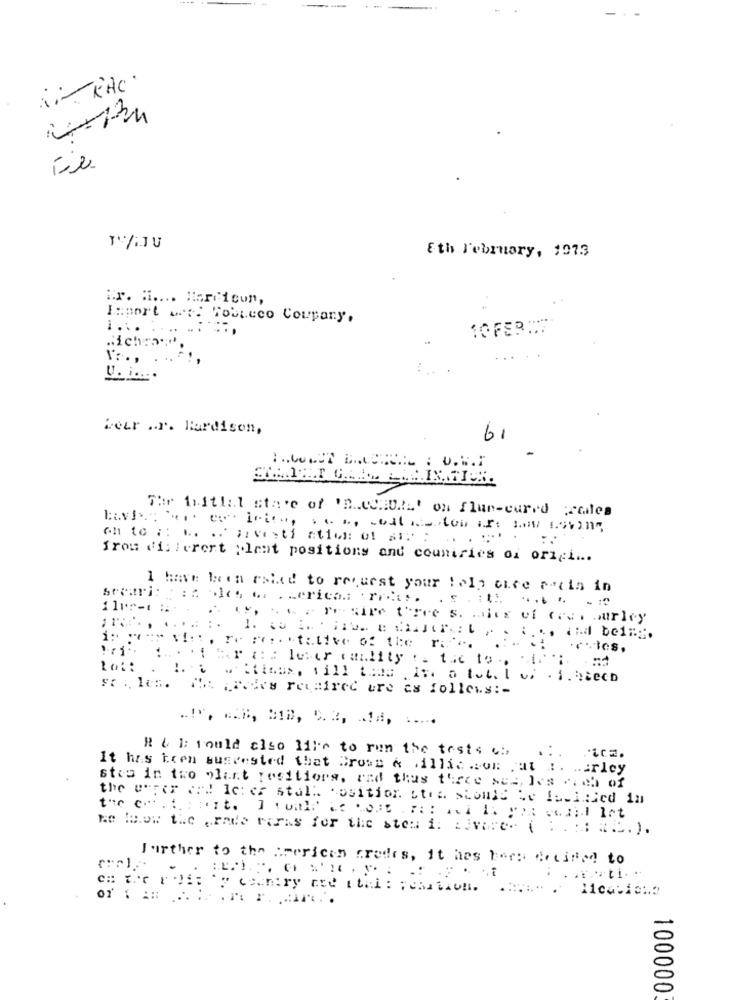
in-TRAC.
Eth February, 1973
:r. H .... Hercicon,
Import went Tobteco Coupary.
i ....
10 FEB ...
". ..
weer .. r. Hardison,
61
The Initial stave of "BUCHURL' on flur-cared Frailes
oh to :: .. .. ;: vesti ation: 01 MIM :
from (filerert :lant positions and countries oi origi ...
1 have been rsied to request your ! olp chce patin in
Sreari: : : les .. . cericad ' rre.i.
...
6. Tr sire tree s. mais vi ces. ourley
i: := > vi ::. r. .... . tative of the r."".
1 ... ihr (= lever canlity . the tool
Fr . les.
The paks reunirec ure as follows :-
R & b; would also like to run the tests c:
It has toen susrested that Cross & illic .om Fat I. ... rlcy
stus in two plant resiliors, and this three sea, les coch of
the urter er! let er stall osition stra should be Issinied in
the co .:: : it. Itual it COME FIR Mi IS PIR vil lot
Me How the erade raras for the stea 1: Livare- ( :.: ) ME).
Further to the American credes, it has hees decided to
..... ti. .
": " country and thei : position.
... . 11caviano
100000